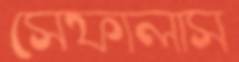
সেফালাস